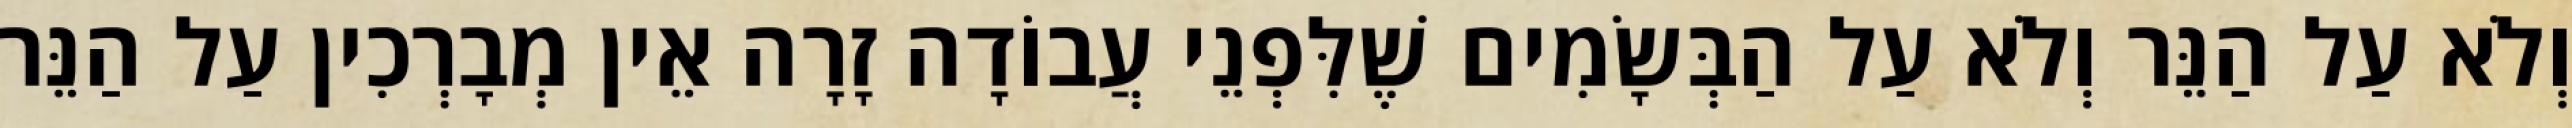
וְלֹא עַל הַנֵּר וְלֹא עַל הַבְּשָׂמִים שֶׁלִּפְנֵי עֲבוֹדָה זָרָה אֵין מְבָרְכִין עַל הַנֵּר